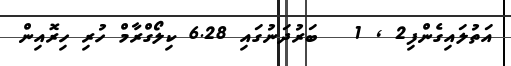
އަތުލައިގެންފި2